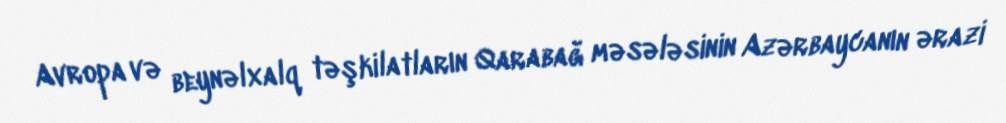
Avropa və beynəlxalq təşkilatların Qarabağ məsələsinin Azərbaycanın ərazi